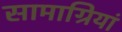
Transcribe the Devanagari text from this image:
सामाग्रियां